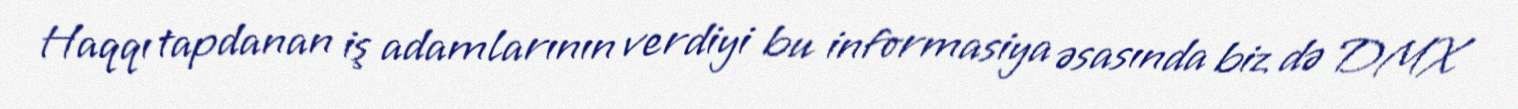
Haqqı tapdanan iş adamlarının verdiyi bu informasiya əsasında biz də DMX